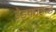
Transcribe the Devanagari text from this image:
डेड्काइन्ड